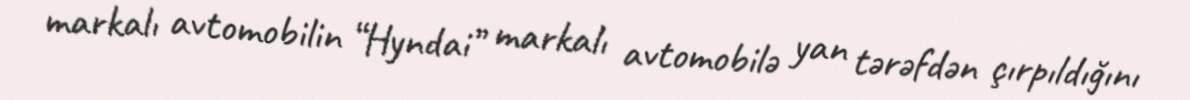
markalı avtomobilin “Hyndai” markalı avtomobilə yan tərəfdən çırpıldığını